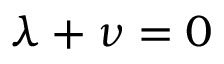
\lambda + \nu = 0